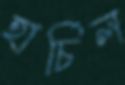
হার্চিল